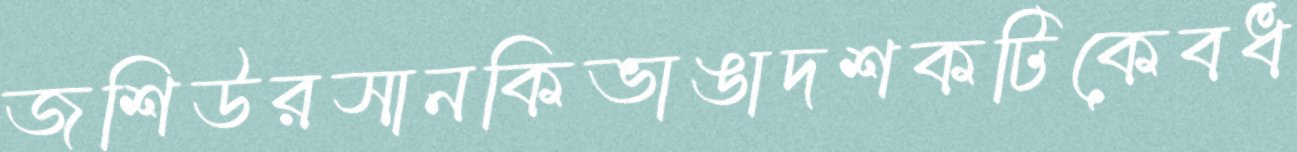
জশিউরসানকিভাঙাদশকটিকেবধ